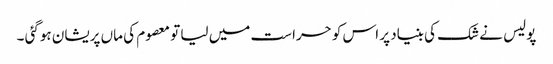
پولیس نے شک کی بنیاد پر اس کو حراست میں لیا تو معصوم کی ماں پریشان ہوگئی ۔